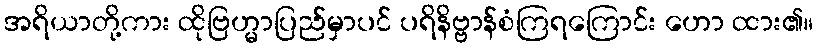
အရိယာတို့ကား ထိုဗြဟ္မာပြည်မှာပင် ပရိနိဗ္ဗာန်စံကြရကြောင်း ဟော ထား၏။